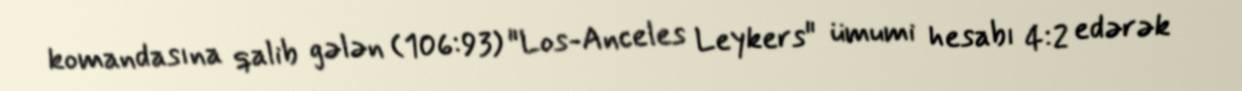
komandasına qalib gələn (106:93) "Los-Anceles Leykers" ümumi hesabı 4:2 edərək